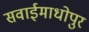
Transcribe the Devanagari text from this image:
सवाईमाधोपुर